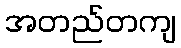
အတည်တကျ